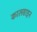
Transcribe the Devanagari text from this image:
कालसाइन